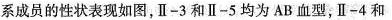
系成员的性状表现如图，Ⅱ-3 和 Ⅱ-5 均为 AB 血型，Ⅱ-4 和